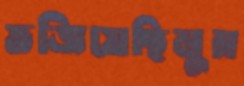
ভজিয়েছিলুম